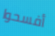
أفسحوا